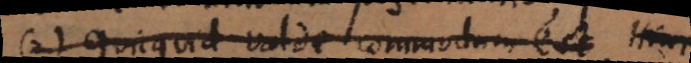
2) quicquid valde commodum est. Hinc